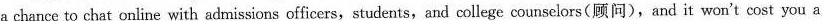
a chance to chat online with admissions officers,students,and college counselors(顾问),and it won't cost you a